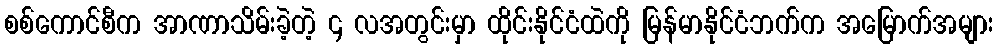
စစ်ကောင်စီက အာဏာသိမ်းခဲ့တဲ့ ၄ လအတွင်းမှာ ထိုင်းနိုင်ငံထဲကို မြန်မာနိုင်ငံဘက်က အမြောက်အများ